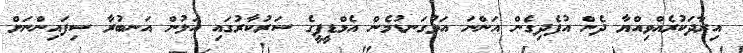
އިރާދަކުރެއްވިއްޔާ ދެން އުފެދިގެން އަންނަ އަޅުގަނޑުމެން އެމްޑީޕީގެ ސަރުކާރުގައި އަލުން އަނބުރާ ސިފައިންނަށް